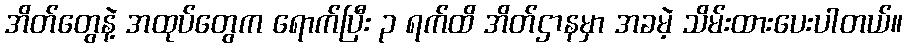
အိတ်တွေနဲ့ အထုပ်တွေက ရောက်ပြီး ၃ ရက်ထိ အိတ်ဌာနမှာ အခမဲ့ သိမ်းထားပေးပါတယ်။